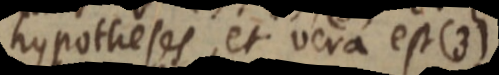
hypotheses, et vera est (3)